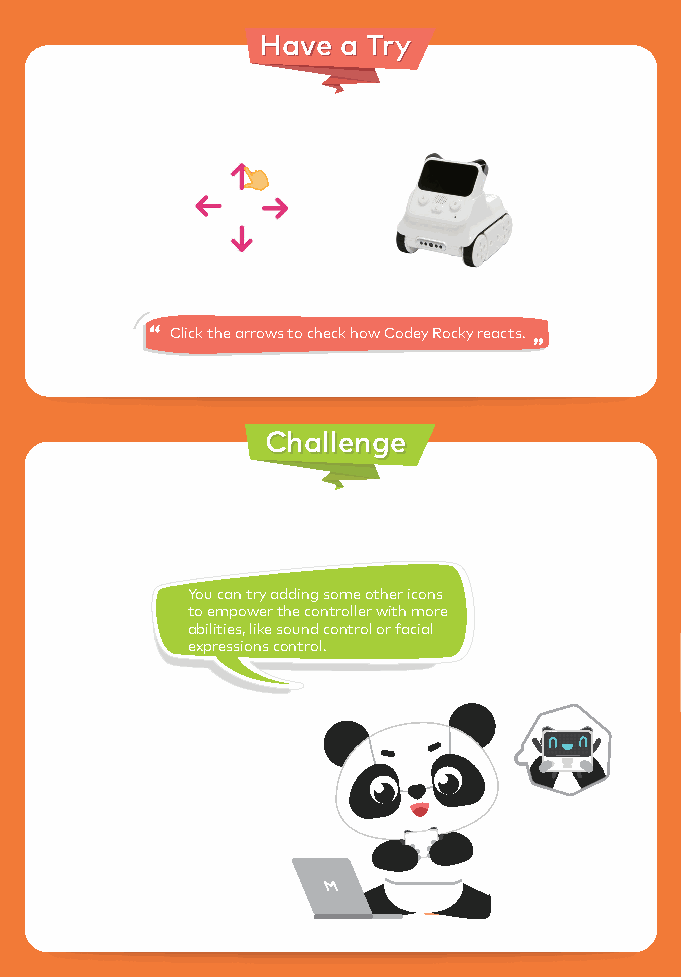
HHaavvee aa TTrryy
 Click the arrows to check how Codey Rocky reacts.
 CChhaalllleennggee
 You can try adding some other icons
 to empower the controller with more
 abilities, like sound control or facial
 expressions control.